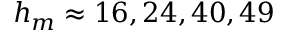
h _ { m } \approx 1 6 , 2 4 , 4 0 , 4 9